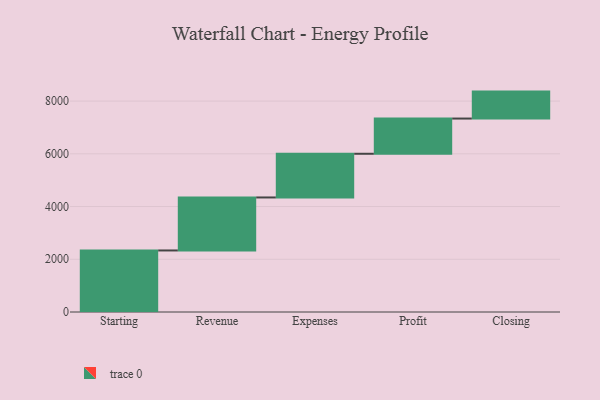
{"axis": {"x": "Step", "y": "Value"}, "legend": [""], "data": [{"x": "Starting", "y": 2334.0, "type": ""}, {"x": "Revenue", "y": 2010.0, "type": ""}, {"x": "Expenses", "y": 1657.0, "type": ""}, {"x": "Profit", "y": 1336.0, "type": ""}, {"x": "Closing", "y": 1022.0, "type": ""}]}